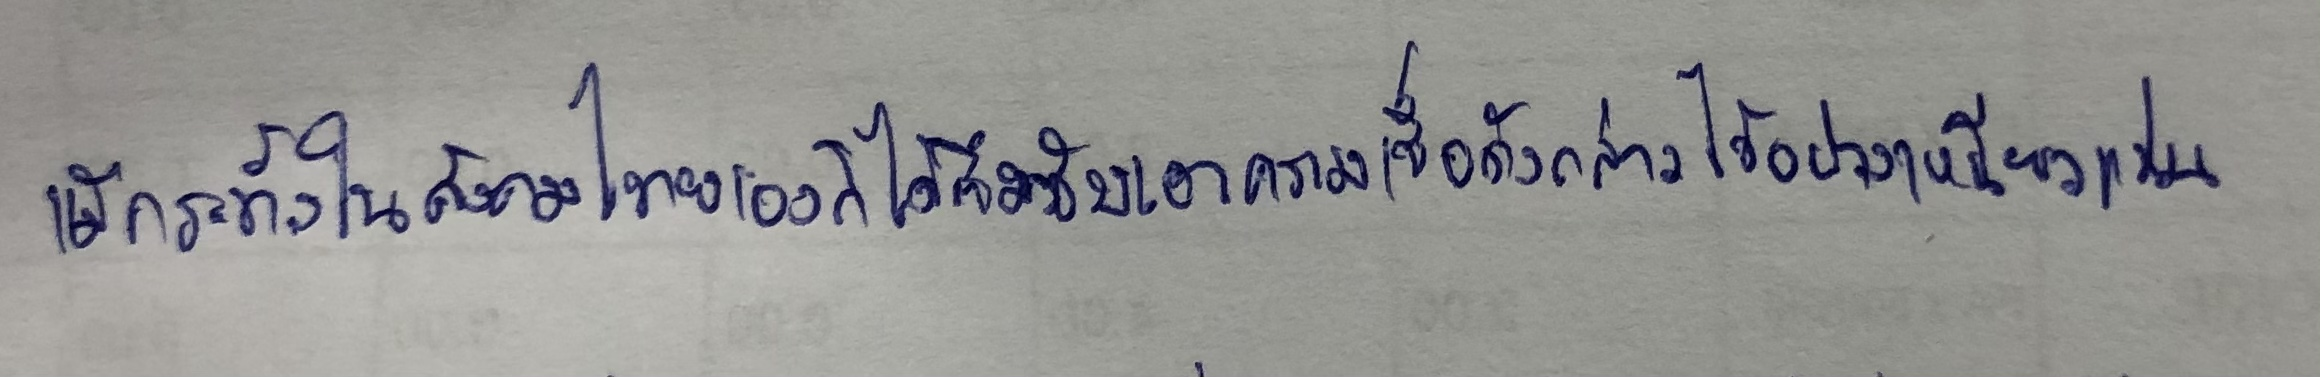
แม้กระทั่งในสังคมไทยเองก็ได้ซึมซับเอาความเชื่อดังกล่าวไว้อย่างเหนียวแน่น